Medical and sanitary report of the native army of Madras for the year
Year: 1877
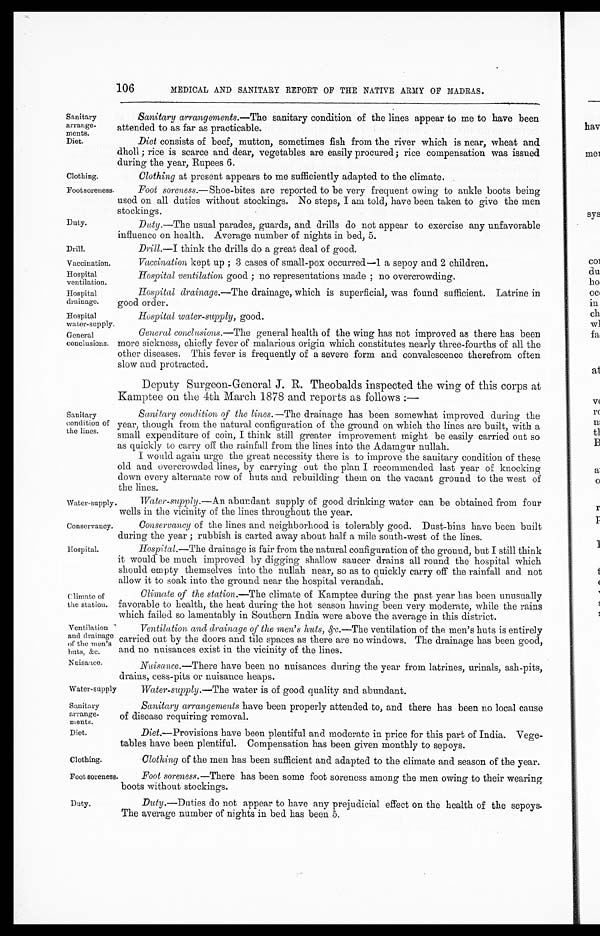
Sanitary
arrange
- m e n t s .
Diet.
Duty.
Drill.
Vaccination.
Hospital
ventilation.
Hospital
drainage.
Water-supply.
Conservancy.
Climate of
the station.
Ventilation
and drainage
of the men's
huts, &c.
Sanitary
arrange
-ments.
Diet.
Clothing.
106
MEDICAL AND SANITARY REPORT OF THE NATIVE ARMY OF MADRAS.
Clothing.
Sanitary arrangements .—The sanitary condition of the lines appear to me to have been
attended to as far as practicable.
Diet consists of beef, mutton, sometimes fish from the river which is near, wheat and
dholl; rice is scarce and dear, vegetables are easily procured; rice compensation was issued
during the year, Rupees 6.
Clothing at present appears to me sufficiently adapted to the climate.
Footsoreness.
Foot soreness.—Shoe-bites are reported to be very frequent owing to ankle boots being
used on all duties without stockings. No steps, I am told, have been taken to give the men
stockings.
Duty .—The usual parades, guards, and drills do not appear to exercise any unfavorable
influence on health. Average number of nights in bed, 5.
Drill.—I think the drills do a great deal of good.
Vaccination, kept up; 3 cases of small-pox occurred—1 a sepoy and 2 children.
Hospital ventilation good; no representations made; no overcrowding.
Hospital drainage .—The drainage, which is superficial, was found sufficient. Latrine in
good order.
Hospital
water-supply.
Hospital water-supply, good.
General
conclusions.
Sanitary
condition of
the lines.
General conclusions .—The general health of the wing has not improved as there has been
more sickness, chiefly fever of malarious origin which constitutes nearly three-fourths of all the
other diseases. This fever is frequently of a severe form and convalescence therefrom often
slow and protracted.
Deputy Surgeon-General J. R. Theobalds inspected the wing of this corps at
Kamptee on the 4th March 1878 and reports as follows:—
Sanitary condition of the lines .—The drainage has been somewhat improved during the
year, though from the natural configuration of the ground on which the lines are built, with a
small expenditure of coin, I think still greater improvement might be easily carried out so
as quickly to carry off the rainfall from the lines into the Adamgur nullah.
I would again urge the great necessity there is to improve the sanitary condition of these
old and overcrowded lines, by carrying out the plan I recommended last year of knocking
down every alternate row of huts and rebuilding them on the vacant ground to the west of
the lines.
Water-supply.—An abundant supply of good drinking water can be obtained from four
wells in the vicinity of the lines throughout the year.
Conservancy of the lines and neighborhood is tolerably good. Dust-bins have been built
during the year; rubbish is carted away about half a mile south-west of the lines.
Hospital.
Hospital .—The drainage is fair from the natural configuration of the ground, but I still think
it would be much improved by digging shallow saucer drains all round the hospital which
should empty themselves into the nullah near, so as to quickly carry off the rainfall and not
allow it to soak into the ground near the hospital verandah.
Climate of the station .—The climate of Kamptee during the past year has been unusually
favorable to health, the heat during the hot season having been very moderate, while the rains
which failed so lamentably in Southern India were above the average in this district.
Ventilation and drainage of the men's huts, &c.,— The ventilation of the men's huts is entirely
carried out by the doors and tile spaces as there are no windows. The drainage has been good,
and no nuisances exist in the vicinity of the lines.
Nuisance.
Nuisance .—There have been no nuisances during the year from latrines, urinals, ash-pits,
drains, cess-pits or nuisance heaps.
Water-supply
Water-supply .—The water is of good quality and abundant.
Sanitary arrangements have been properly attended to, and there has been no local cause
of disease requiring removal.
Diet .—Provisions have been plentiful and moderate in price for this part of India. Vege
-tables have been plentiful. Compensation has been given monthly to sepoys.
Clothing of the men has been sufficient and adapted to the climate and season of the year.
Foot soreness.
Foot soreness .—There has been some foot soreness among the men owing to their wearing
boots without stockings.
Duty.
Duty .—Duties do not appear to have any prejudicial effect on the health of the sepoys.
The average number of nights in bed has been 5.